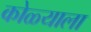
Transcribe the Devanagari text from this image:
कोळ्याला